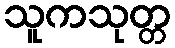
သူကသုတ္တ